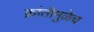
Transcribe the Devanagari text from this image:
क्रांतीमुळेच